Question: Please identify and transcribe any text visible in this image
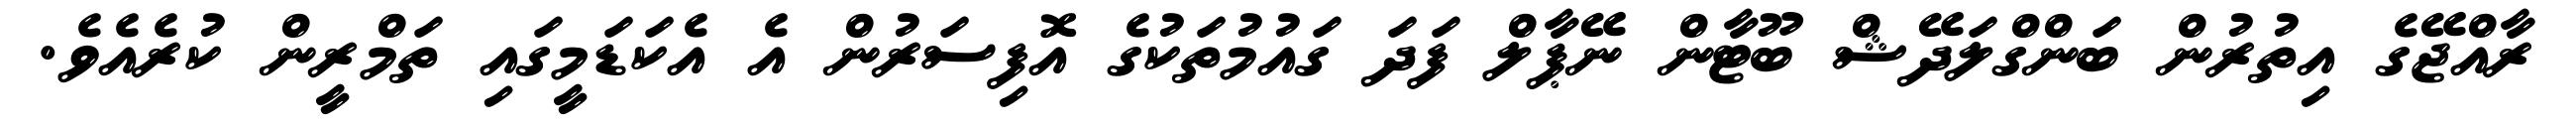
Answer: ރާއްޖޭގެ އިތުރުން ބަންގްލަދޭޝް ބޫޓާން ނޭޕާލް ފަދަ ގައުމުތަކުގެ އޮފިސަރުން އެ އެކަޑަމީގައި ތަމްރީން ކުރެއެވެ.